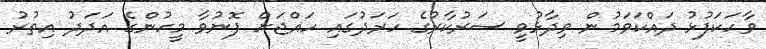
ވާހަކަފުޅު ދައްކަވަމުން ވިދާޅުވީ ސަރުކާރުގެ ހަރަދުގައި ހައްޖަށް ފޮނުވާ މީހުންގެ އަދަދު އިތުރު